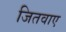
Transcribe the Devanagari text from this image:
जितवाए